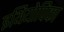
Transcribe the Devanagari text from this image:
इथियोपिका